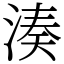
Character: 湊